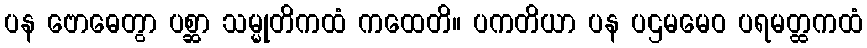
ပန ဗောဓေတွာ ပစ္ဆာ သမ္မုတိကထံ ကထေတိ။ ပကတိယာ ပန ပဌမမေဝ ပရမတ္ထကထံ